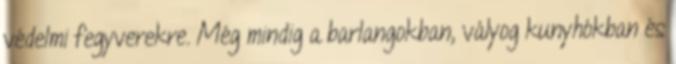
védelmi fegyverekre. Még mindig a barlangokban, vályog kunyhókban és